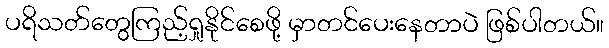
ပရိသတ်တွေကြည့်ရှုနိုင်စေဖို့ မှာတင်ပေးနေတာပဲ ဖြစ်ပါတယ်။